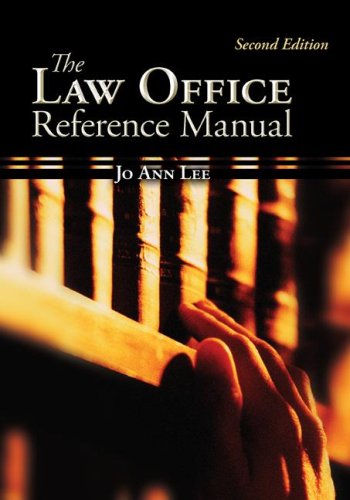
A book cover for The Law Office Reference Manual (McGraw-Hill Business Careers Paralegal Titles); Jo Ann Lee; Literature & Fiction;